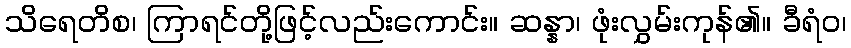
သိရေတိစ၊ ကြာရင်တို့ဖြင့်လည်းကောင်း။ ဆန္နာ၊ ဖုံးလွှမ်းကုန်၏။ ခီရံဝ၊